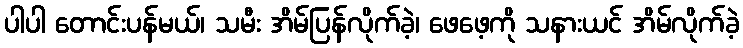
ပါပါ တောင်းပန်မယ်၊ သမီး အိမ်ပြန်လိုက်ခဲ့၊ ဖေဖေ့ကို သနားယင် အိမ်လိုက်ခဲ့